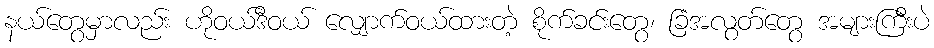
နယ်တွေမှာလည်း ဟိုဝယ်ဒီဝယ် လျှောက်ဝယ်ထားတဲ့ စိုက်ခင်းတွေ၊ ခြံအလွတ်တွေ အများကြီးပဲ